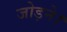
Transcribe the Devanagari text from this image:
जोड़ने।